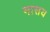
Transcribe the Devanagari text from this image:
मासय